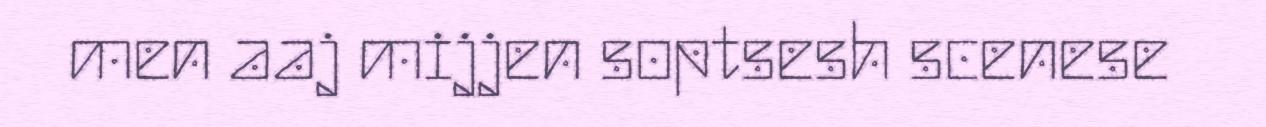
men aaj mijjen soptsesh scenese